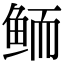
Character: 鲕